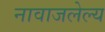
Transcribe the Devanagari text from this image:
नावाजलेल्य